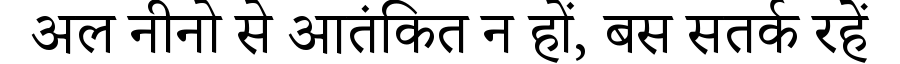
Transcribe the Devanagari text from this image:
अल नीनो से आतंकित न हों, बस सतर्क रहें